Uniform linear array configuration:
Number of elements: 32
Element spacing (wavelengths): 0.5
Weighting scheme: uniform
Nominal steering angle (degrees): -60
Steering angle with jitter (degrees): -61.789
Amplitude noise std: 0.05
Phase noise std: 0.05

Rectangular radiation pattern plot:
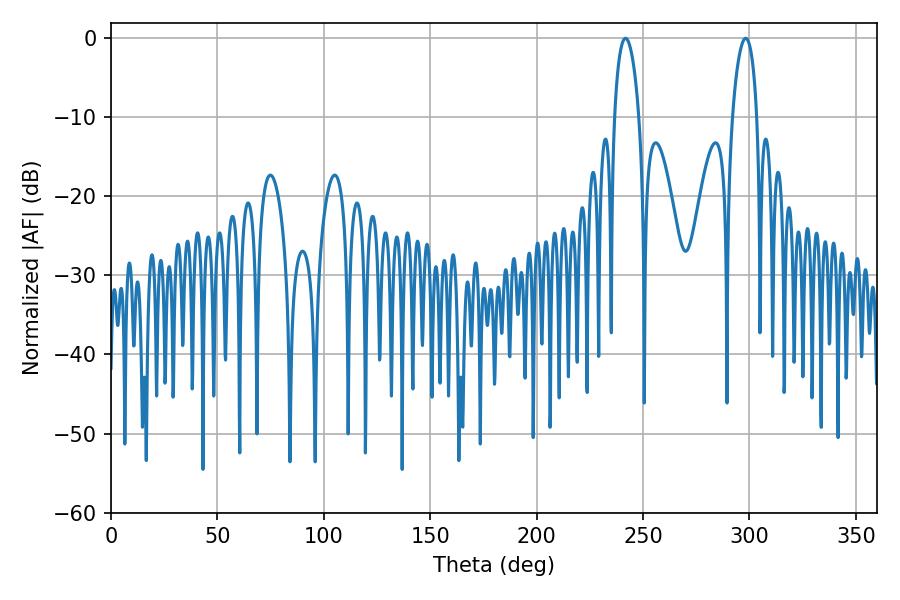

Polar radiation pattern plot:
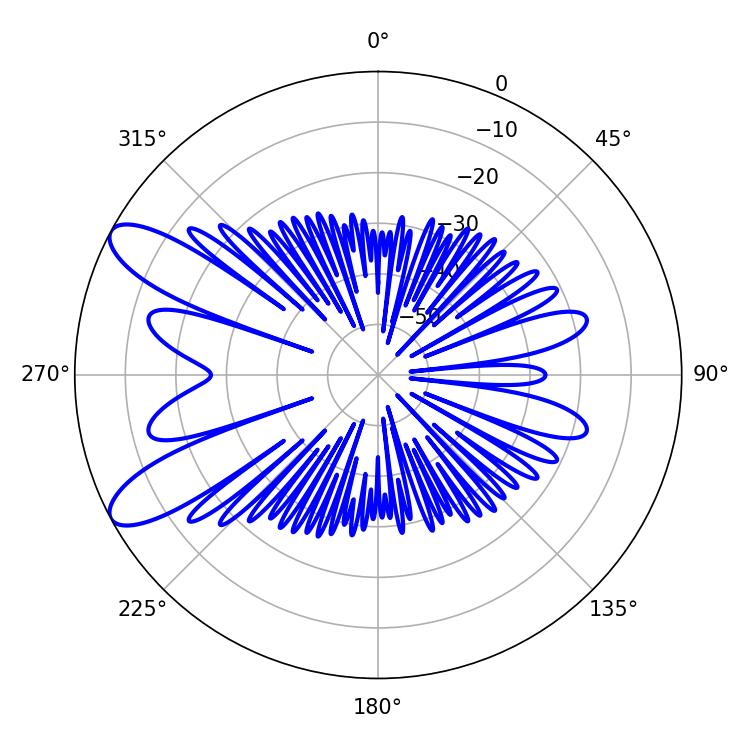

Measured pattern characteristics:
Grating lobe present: FALSE
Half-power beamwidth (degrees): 6.48
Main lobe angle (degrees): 241.74